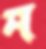
ম